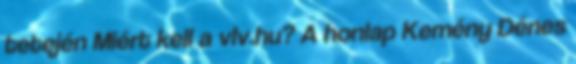
tetején Miért kell a vlv.hu? A honlap Kemény Dénes